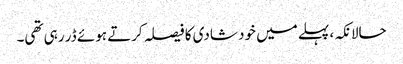
حالانکہ، پہلے میں خود شادی کا فیصلہ کرتے ہوئے ڈر رہی تھی۔